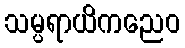
သမ္ပရာယိကညေဝ